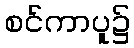
စင်ကာပူ၌